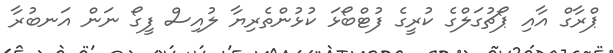
ޕްރާގް އާއި ޕޯޗުގަލްގެ ކުރީގެ ފުޓްބޯޅަ ކުޅުންތެރިޔާ ލުއިސް ފީގޯ ނަން އަނބުރާ